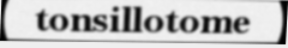
tonsillotome